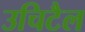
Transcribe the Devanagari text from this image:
उचिटैल